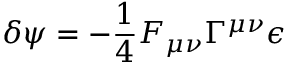
\delta \psi = - \frac { 1 } { 4 } F _ { \mu \nu } \Gamma ^ { \mu \nu } \epsilon